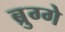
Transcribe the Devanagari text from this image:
ब्रुग्गे